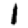
Digit: 1